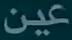
عين